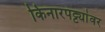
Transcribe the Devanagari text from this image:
किनारपट्ट्यांवर